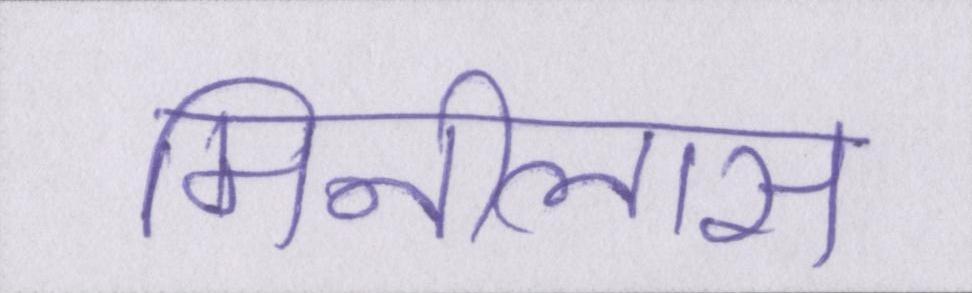
मिनीलास